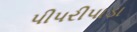
પીપરીપાડા